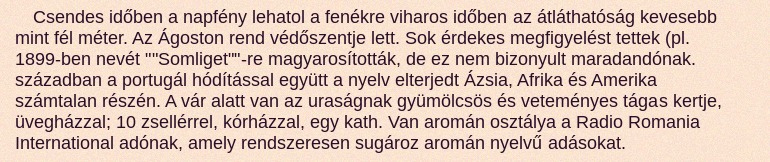
Csendes időben a napfény lehatol a fenékre viharos időben az átláthatóság kevesebb mint fél méter. Az Ágoston rend védőszentje lett. Sok érdekes megfigyelést tettek (pl. 1899-ben nevét ""Somliget""-re magyarosították, de ez nem bizonyult maradandónak. században a portugál hódítással együtt a nyelv elterjedt Ázsia, Afrika és Amerika számtalan részén. A vár alatt van az uraságnak gyümölcsös és veteményes tágas kertje, üvegházzal; 10 zsellérrel, kórházzal, egy kath. Van aromán osztálya a Radio Romania International adónak, amely rendszeresen sugároz aromán nyelvű adásokat.